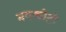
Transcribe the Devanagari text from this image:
मयकोटी